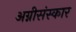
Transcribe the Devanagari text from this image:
अग्नीसंस्कार